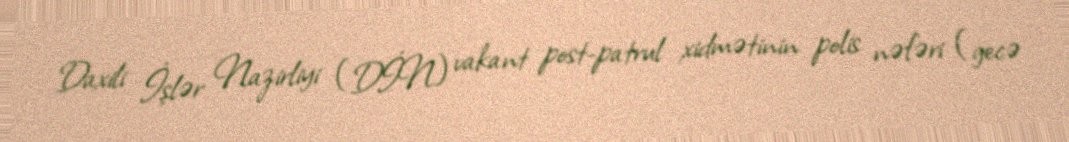
Daxili İşlər Nazirliyi (DİN) vakant post-patrul xidmətinin polis nəfəri (gecə